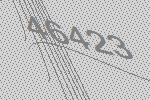
46423